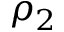
\rho _ { 2 }